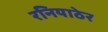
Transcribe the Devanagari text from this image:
रनियाठेर